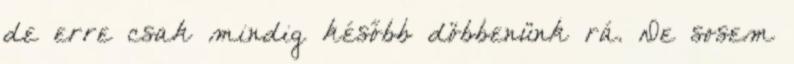
de erre csak mindig később döbbenünk rá. De sosem